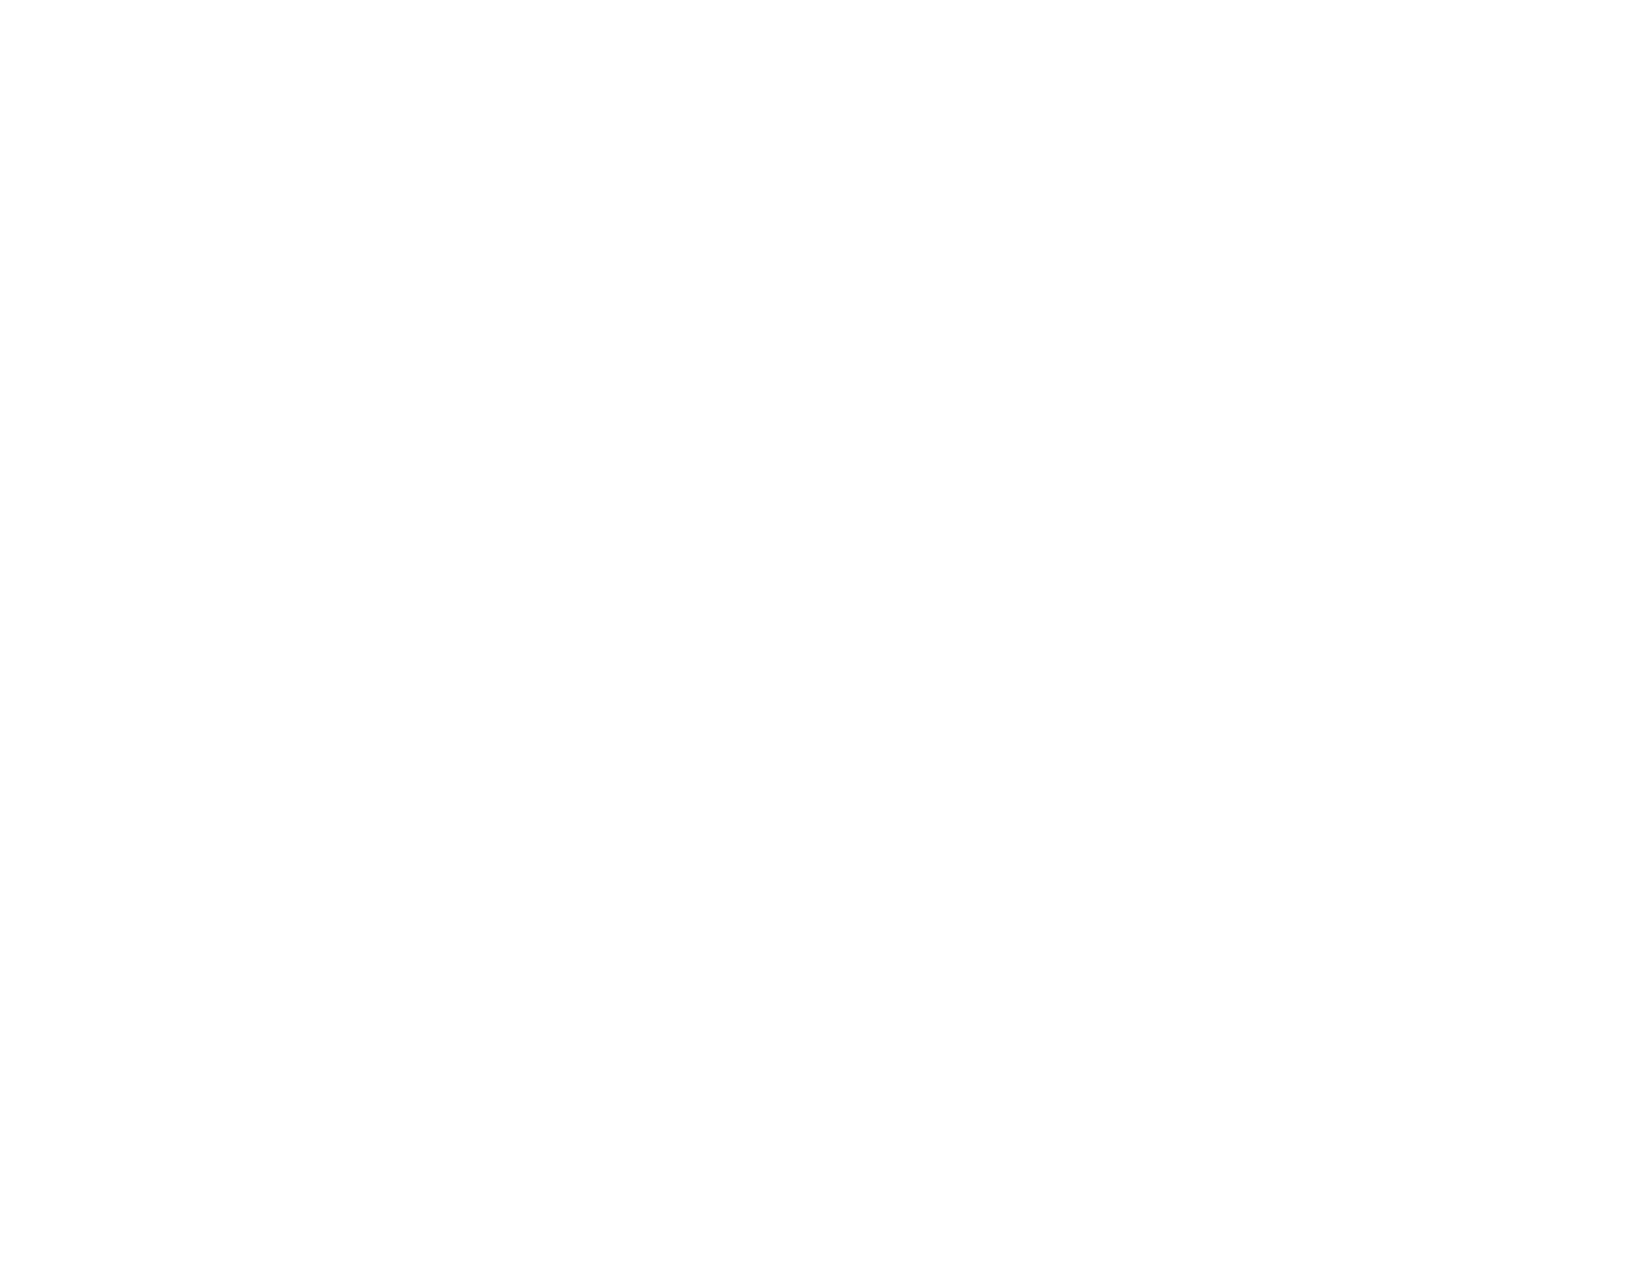
• 11.2.4.1 (Open Functionality Software) –
 Does not apply
 • 11.2.4.1 (Closed Software) – Does not apply
 • 11.8.2 (Authoring Tool)
 • 12.1.2 (Product Docs)
 • 12.2.4 (Support Docs)
 Revised Section 508
 • 501 (Web)(Software) – Does not apply to
 non-web software
 • 504.2 (Authoring Tool)
 • 602.3 (Support Docs) – Does not apply to
 non-web docs
 2.4.2 Page Titled (Level A)
 Also applies to:
 EN 301 549 Criteria
 • 9.2.4.2 (Web)
 • 10.2.4.2 (Non-web document)
 Web: AMP provides meaningful page titles that
 • 11.2.4.2 (Open Functionality Software) -                 describe their topic or purpose. The email that is sent
 Does not apply                                           inviting people to review an AMP report does not
 • 11.2.4.2 (Closed Software) – Does not apply Web: Supports contain a page title although it does contain an email
 • 11.8.2 (Authoring Tool)                                  subject line which acts as a page title to materially
 • 12.1.2 (Product Docs)                                    meet the criterion.
 • 12.2.4 (Support Docs)
 Revised Section 508
 • 501 (Web)(Software)
 • 504.2 (Authoring Tool)
 • 602.3 (Support Docs)
 2.4.3 Focus Order (Level A)
 Also applies to:                                              Web: In all cases, the focus order when using AMP is
 EN 301 549 Criteria                                           correct, including the management of focus, such as
 Web: Supports
 • 9.2.4.3 (Web)                                            to set focus to the start of a custom dialog when one
 • 10.2.4.3 (Non-web document)                              appears, or to an error message at the top of a form.
 • 11.2.4.3 (Open Functionality Software)
 Level Access | Confidential and Proprietary                                               Page 10 of 30
 VPAT® Version 2.4 (Revised) – March 2020